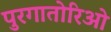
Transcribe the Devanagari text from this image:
पुरगातोरिओ